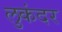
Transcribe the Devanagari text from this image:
लुकंदर